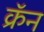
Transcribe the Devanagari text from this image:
क्रॅन